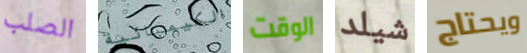
الصلب الكيميائية الوقت شيلد ويحتاج